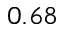
0 . 6 8